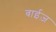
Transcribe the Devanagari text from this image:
बाईज़